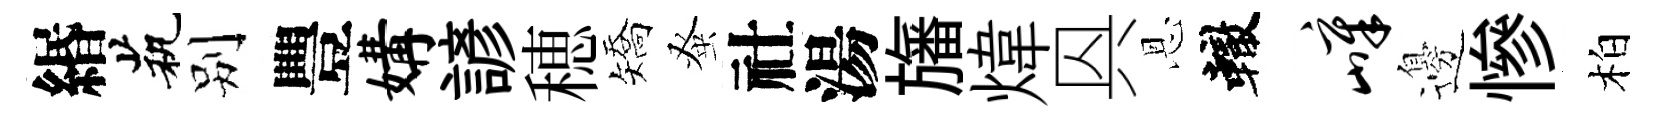
緡茕别豐媾諺穂矯𫊫社湯旛煒㒷恩轍嶂邊慘柏